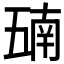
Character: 𫡵